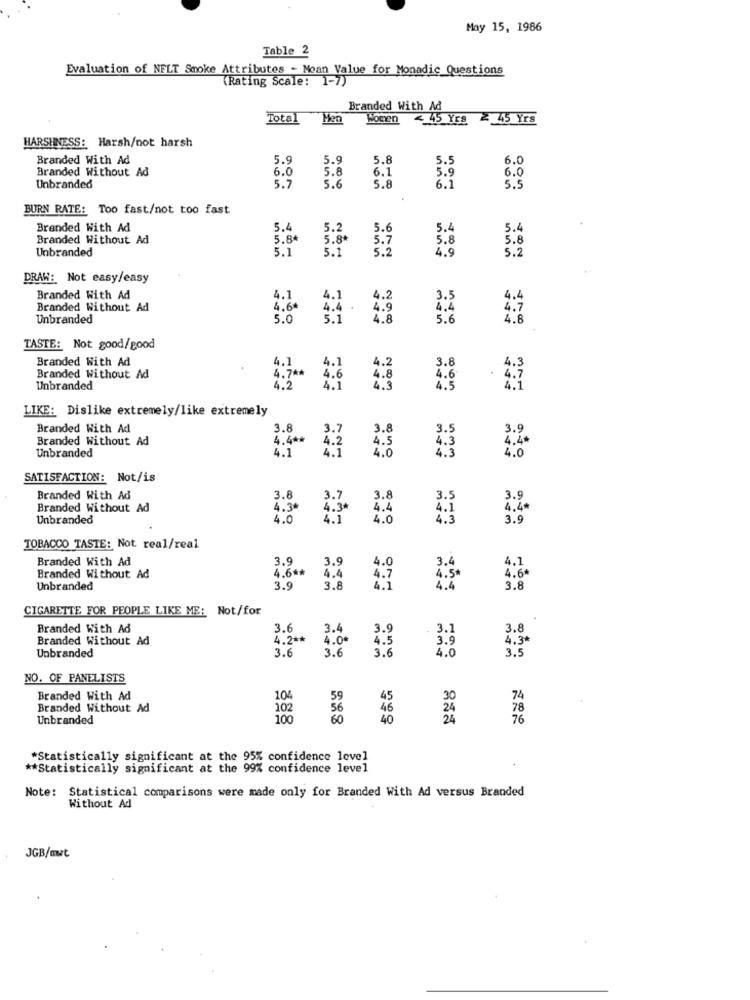
May 15, 1986
Table 2
Evaluation of NFLT Smoke Attributes - Mean Value for Monadic Questions
(Rating Scale: 1-7)
Branded With Ad
Total
Women
< 45 Yrs 2 45 Yrs
HARSHNESS: Harsh/not harsh
Branded With Ad
5.9
5.9
5.8
5.5
6.0
Branded Without Ad
6.0
5.8
6.1
5.9
6.0
Unbranded
5.7
5.6
5.8
6.1
5.5
BURN RATE: Too fast/not too fast
Branded With Ad
5.4
5.2
5.6
5.4
5.4
Branded Without Ad
5.8%
5.8*
5.7
5.8
5.8
Unbranded
5.1
5.1
5. 2
4.9
5.2
DRAW: Not easy/easy
Branded With Ad
4.1
4.1
4.2
3.5
Branded Without Ad
4.6*
4.4 .
4.9
4.4
Unbranded
5.0
5.1
5.6
4.8
TASTE: Not good/good
Branded With Ad
4.1
4.1
4.7 **
3.8
Branded Without Ad
4.6
4.8
Unbranded
4.2
4.1
7:3
LIKE: Dislike extremely/like extremely
Branded With Ad
3.8
3.7
3.8
3.5
3.9
Branded Without Ad
4.4 **
4.5
4.2
4.0
4.3
4.3
4.4
Unbranded
4.1
4.0
SATISFACTION: Not/is
Branded With Ad
3.8
3.7
3.8
3.5
3.9
Branded Without Ad
4.34
4.3*
4.4
4.1
4.44
Unbranded
4.0
4.1
4.0
4.3
3.9
TOBACCO TASTE: Not real/real
Branded With Ad
3.9
3.9
4.1
4.6 **
4.0
3.4
Branded Without Ad
4.4
4.7
4.5
4.6*
Unbranded
3.9
3.8
4.1
4.4
3.8
CIGARETTE FOR PEOPLE LIKE ME: Not/for
Branded With Ad
3.6
3.4
3.9
. 3.1
3.8
Branded Without Ad
4.2 **
4.00
4.5
3.9
4.3*
3.6
3.6
3.6
4.0
3.5
Unbranded
NO. OF PANELISTS
Branded With Ad
104
59
45
30
74
Branded Without Ad
102
56
46
78
Unbranded
100
60
40
24
76
*Statistically significant at the 95% confidence level
** Statistically significant at the 99% confidence level
Note: Statistical comparisons were made only for Branded With Ad versus Branded
Without Ad
JGB/mwt